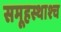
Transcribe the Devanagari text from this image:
समूहस्थाश्च